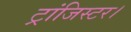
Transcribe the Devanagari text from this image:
ट्रांजिस्टर।